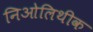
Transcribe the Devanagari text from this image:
निओलिथीक